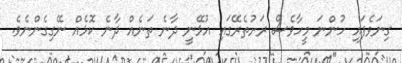
ގިނަވެފައި ހުންނަ މީހާވެސް ރަށުތެރޭގައި އުޅޭނީ ދާނެ ތަނެއް ދާނެ ކޮޅެއް ނޭގިގެންނެވެ.